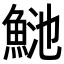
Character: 𩶴